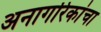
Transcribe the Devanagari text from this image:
अनागरिकांचा